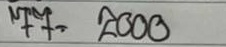
77 = 2000